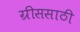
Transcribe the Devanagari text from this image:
ग्रीससाठी